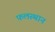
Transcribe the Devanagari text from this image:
फलस्थान